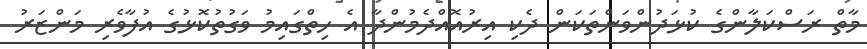
މާތް ރަސްކަލާންގެ ކުޅަދުންވަންތަކަން ދެކި އިރުއޮއްދެމުންދާ އެ ހިތްގައިމު ވަގުތުކޮޅުގެ އުފާވެރި މަންޒަރު